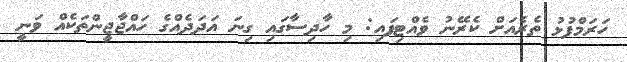
ހަރަމްފުޅު ތެރެއަށް ކެރޭނު ވެއްޓިފައި: މި ހާދިސާގައި ގިިނަ އަދަދެއްގެ ހައްޖާޖީންތަކެއް ވަނީ